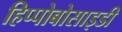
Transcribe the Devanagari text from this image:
हिप्पोबोसाइडी